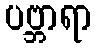
ပဗ္ဘာရာ